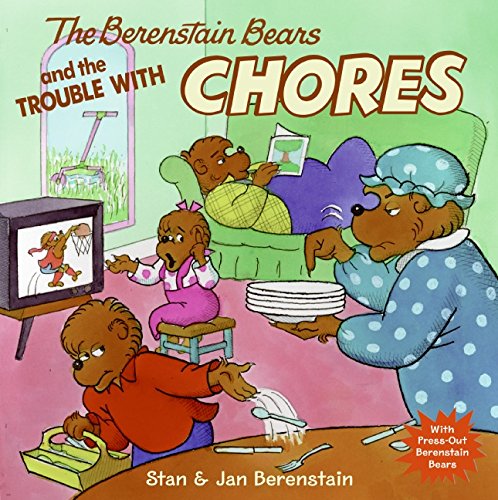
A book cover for The Berenstain Bears and the Trouble with Chores; Stan Berenstain; Children's Books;